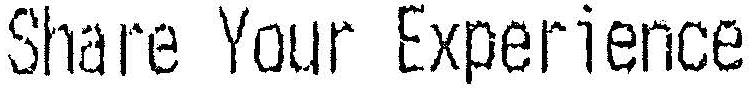
SHARE YOUR EXPERIENCE